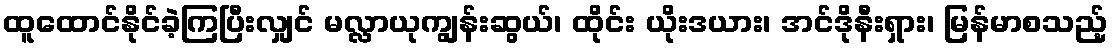
ထူထောင်နိုင်ခဲ့ကြပြီးလျှင် မလ္လာယုကျွန်းဆွယ်၊ ထိုင်း ယိုးဒယား၊ အင်ဒိုနီးရှား၊ မြန်မာစသည့်